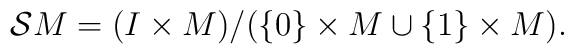
{\cal S} M = (I \times M) / (\{0\} \times M \cup \{1\} \times M).